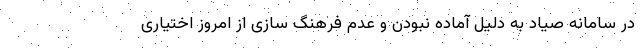
در سامانه صیاد به دلیل آماده نبودن و عدم فرهنگ سازی از امروز اختیاری